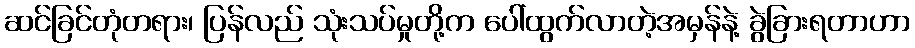
ဆင်ခြင်တုံတရား၊ ပြန်လည် သုံးသပ်မှုတို့က ပေါ်ထွက်လာတဲ့အမှန်နဲ့ ခွဲခြားရတာဟာ